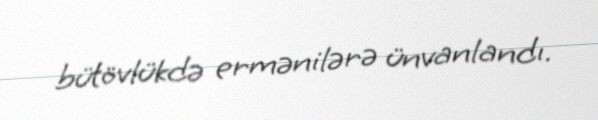
bütövlükdə ermənilərə ünvanlandı.